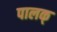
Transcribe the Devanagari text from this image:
पालक्